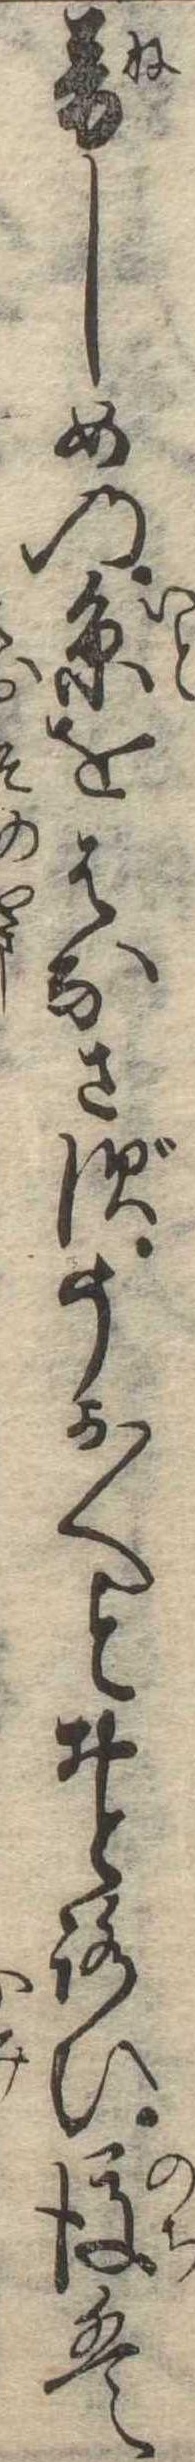
音しめの糸をはなさずうか〱とおとろひ後は